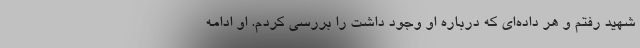
شهید رفتم و هر داده‌ای که درباره او وجود داشت را بررسی کردم. او ادامه